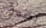
يضعون